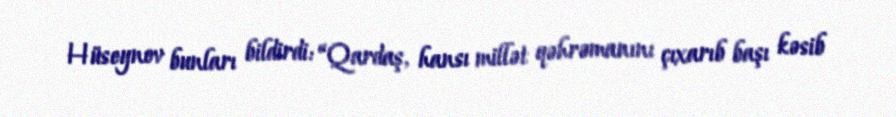
Hüseynov bunları bildirdi: “Qardaş, hansı millət qəhrəmanını çıxarıb başı kəsib